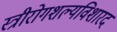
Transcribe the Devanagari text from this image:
स्त्रीरोगशल्यविशारद